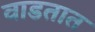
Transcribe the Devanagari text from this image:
वाडतात